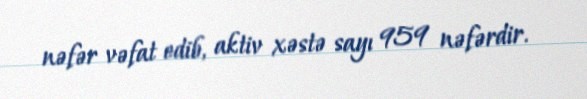
nəfər vəfat edib, aktiv xəstə sayı 959 nəfərdir.